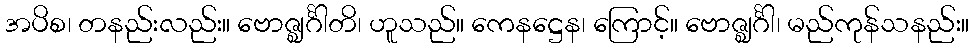
အပိစ၊ တနည်းလည်း။ ဗောဇ္ဈင်္ဂါတိ၊ ဟူသည်။ ကေနဋ္ဌေန၊ ကြောင့်။ ဗောဇ္ဈင်္ဂါ၊ မည်ကုန်သနည်း။